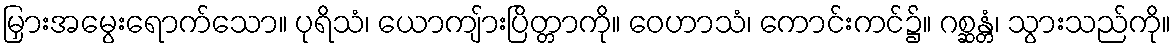
မြှားအမွေးရောက်သော။ ပုရိသံ၊ ယောကျ်ားပြိတ္တာကို။ ဝေဟာသံ၊ ကောင်းကင်၌။ ဂစ္ဆန္တံ၊ သွားသည်ကို။